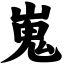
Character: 嵬